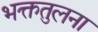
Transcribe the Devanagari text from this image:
भक्ततुलना